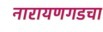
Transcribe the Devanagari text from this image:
नारायणगडचा